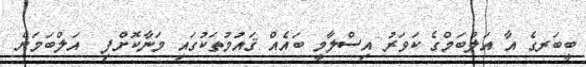
ބީބަރގެ އާ އަލްބަމްގެ ކަވަރު އިސްލާމީ ބައެއް ޤައުމުތަކުގައި މަނާކޮށްފި  އަލްބަމަށް